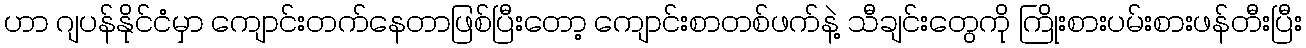
ဟာ ဂျပန်နိုင်ငံမှာ ကျောင်းတက်နေတာဖြစ်ပြီးတော့ ကျောင်းစာတစ်ဖက်နဲ့ သီချင်းတွေကို ကြိုးစားပမ်းစားဖန်တီးပြီး